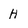
Character: H